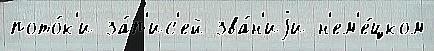
пото́к'и за́п'ис'ей зва́н'иjи н'ем'е́цком